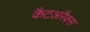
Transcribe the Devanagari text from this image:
कैटअरैक्स